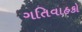
ગતિવાહકો